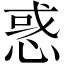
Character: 惑